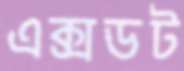
এক্সডট